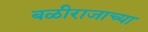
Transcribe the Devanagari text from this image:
बळीराजाच्या